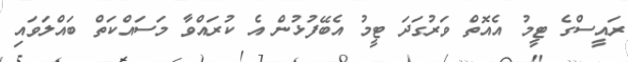
ރައީސްގެ ޓީމު އެއޮތް ވަރުގަދަ ޓީމު އެބޭފުޅުން އެ ކުރައްވާ މަސައްކަތް ބައްލަވައި